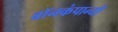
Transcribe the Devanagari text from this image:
बॉनकंपान्यी